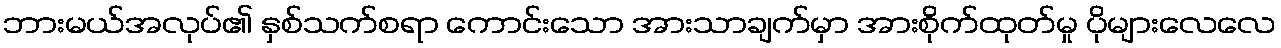
ဘားမယ်အလုပ်၏ နှစ်သက်စရာ ကောင်းသော အားသာချက်မှာ အားစိုက်ထုတ်မှု ပိုများလေလေ